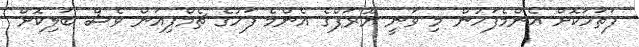
ފަތަހަކޮށް އެންމެފަހުން މި ވަނީ ޔޫރަޕްގެ އެންމެ ފަހުގެ ޗެމްޕިއަން ވެސް ބަލިކޮށް